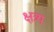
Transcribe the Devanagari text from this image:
क्षत्र्य